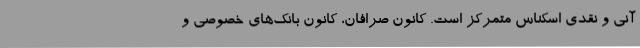
آنی و نقدی اسکناس متمرکز است. کانون صرافان، کانون بانک‌های خصوصی و